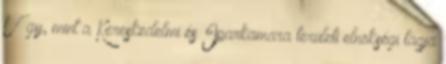
Úgy, mint a Kereskedelmi és Iparkamara területi elnökségi tagja